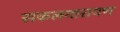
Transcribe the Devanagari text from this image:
सकलनारायण